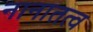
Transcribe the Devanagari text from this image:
नानातत्व